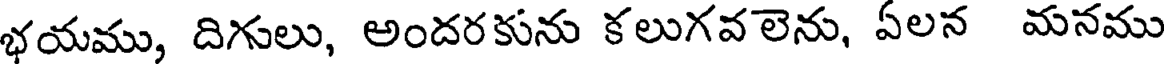
భయము, దిగులు, అందరకును కలుగవలెను, ఏలన మనము